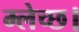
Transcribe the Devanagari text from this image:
म्लेच्छ।